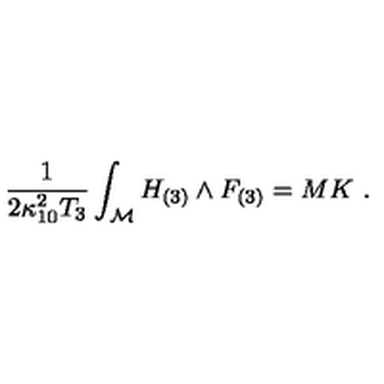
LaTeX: { \frac { 1 } { 2 \kappa _ { 1 0 } ^ { 2 } T _ { 3 } } } \int _ { \cal M } H _ { ( 3 ) } \wedge F _ { ( 3 ) } = M K \ .